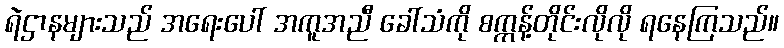
ရဲဌာနများသည် အရေးပေါ် အကူအညီ ခေါ်သံကို စက္ကန့်တိုင်းလိုလို ရနေကြသည်။